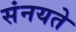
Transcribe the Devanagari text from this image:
संनयते